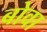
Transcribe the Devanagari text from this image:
बोवा